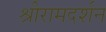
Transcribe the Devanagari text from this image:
श्रीरामदर्शन